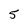
Character: 5